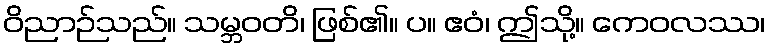
ဝိညာဉ်သည်။ သမ္ဘဝတိ၊ ဖြစ်၏။ ပ။ ဧဝံ၊ ဤသို့။ ကေဝလဿ၊